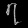
Digit: ၇